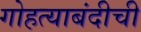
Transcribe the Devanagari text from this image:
गोहत्याबंदीची